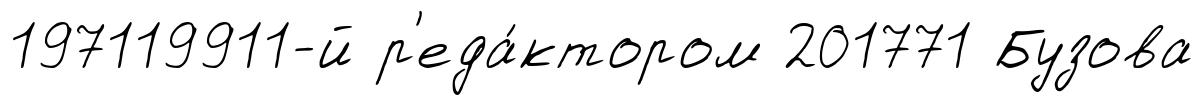
197119911-й р'еда́ктором 201771 Бузова